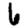
Digit: 6